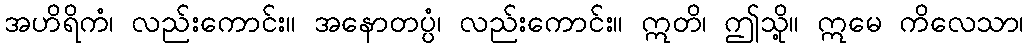
အဟိရိကံ၊ လည်းကောင်း။ အနောတပ္ပံ၊ လည်းကောင်း။ ဣတိ၊ ဤသို့။ ဣမေ ကိလေသာ၊